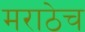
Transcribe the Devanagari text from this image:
मराठेच